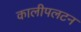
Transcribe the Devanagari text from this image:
कालीपलटन